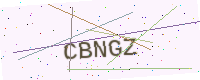
Text: CBNGZ